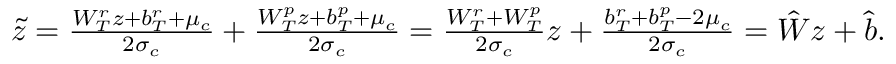
\begin{array} { r } { \tilde { z } = \frac { W _ { T } ^ { r } z + b _ { T } ^ { r } + \mu _ { c } } { 2 \sigma _ { c } } + \frac { W _ { T } ^ { p } z + b _ { T } ^ { p } + \mu _ { c } } { 2 \sigma _ { c } } = \frac { W _ { T } ^ { r } + W _ { T } ^ { p } } { 2 \sigma _ { c } } z + \frac { b _ { T } ^ { r } + b _ { T } ^ { p } - 2 \mu _ { c } } { 2 \sigma _ { c } } = \hat { W } z + \hat { b } . } \end{array}